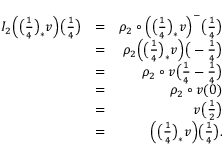
\begin{array} { r l r } { I _ { 2 } \Big ( \big ( \frac { 1 } { 4 } \big ) _ { * } v \Big ) \big ( \frac { 1 } { 4 } \big ) } & { = } & { \rho _ { 2 } \circ \Big ( \big ( \frac { 1 } { 4 } \big ) _ { * } v \Big ) ^ { - } \big ( \frac { 1 } { 4 } \big ) } \\ & { = } & { \rho _ { 2 } \Big ( \big ( \frac { 1 } { 4 } \big ) _ { * } v \Big ) \big ( - \frac { 1 } { 4 } \big ) } \\ & { = } & { \rho _ { 2 } \circ v \big ( \frac { 1 } { 4 } - \frac { 1 } { 4 } \big ) } \\ & { = } & { \rho _ { 2 } \circ v ( 0 ) } \\ & { = } & { v \big ( \frac { 1 } { 2 } \big ) } \\ & { = } & { \Big ( \big ( \frac { 1 } { 4 } \big ) _ { * } v \Big ) \big ( \frac { 1 } { 4 } \big ) . } \end{array}